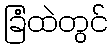
ခြံထဲတွင်